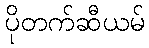
ပိုတက်ဆီယမ်